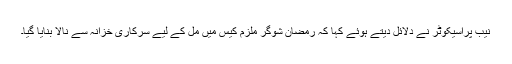
نیب پراسیکوٹر نے دلائل دیتے ہوئے کہا کہ رمضان شوگر ملزم کیس میں مل کے لیے سرکاری خزانہ سے نالا بنایا گیا۔